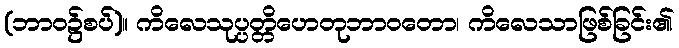
(ဘာဝ၌စပ်)။ ကိလေသုပ္ပတ္တိဟေတုဘာဝတော၊ ကိလေသာဖြစ်ခြင်း၏